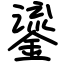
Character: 鎏